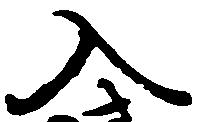
入